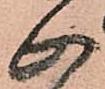
心